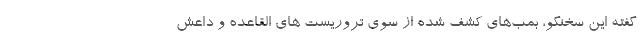
گفته این سخنگو، بمب‌های کشف شده از سوی تروریست های القاعده و داعش